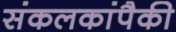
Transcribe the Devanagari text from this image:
संकलकांपैकी